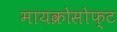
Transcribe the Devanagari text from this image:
मायक्रोसोफ्ट